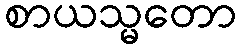
စာယသ္မတော